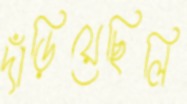
দাঁড়িয়েছিলি